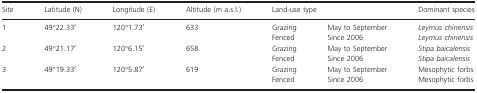
<table><thead><tr><td><b>Site</b></td><td><b>Latitude (N)</b></td><td><b>Longitude (E)</b></td><td><b>Altitude (m a.s.l.)</b></td><td colspan="2"><b>Land-use type</b></td><td><b>Dominant species</b></td></tr></thead><tbody><tr><td rowspan="2">1</td><td rowspan="2">49°22.33′</td><td rowspan="2">120°1.73′</td><td rowspan="2">633</td><td>Grazing</td><td>May to September</td><td><i>Leymus chinensis</i></td></tr><tr><td>Fenced</td><td>Since 2006</td><td><i>Leymus chinensis</i></td></tr><tr><td rowspan="2">2</td><td rowspan="2">49°21.17′</td><td rowspan="2">120°6.15′</td><td rowspan="2">658</td><td>Grazing</td><td>May to September</td><td><i>Stipa baicalensis</i></td></tr><tr><td>Fenced</td><td>Since 2006</td><td><i>Stipa baicalensis</i></td></tr><tr><td rowspan="2">3</td><td rowspan="2">49°19.33′</td><td rowspan="2">120°5.87′</td><td rowspan="2">619</td><td>Grazing</td><td>May to September</td><td>Mesophytic forbs</td></tr><tr><td>Fenced</td><td>Since 2006</td><td>Mesophytic forbs</td></tr></tbody></table>